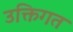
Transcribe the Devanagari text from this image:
उक्तिगत